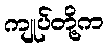
ကျုပ်တို့က